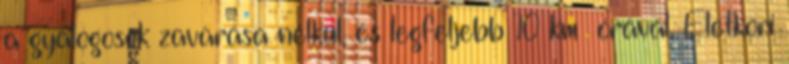
a gyalogosok zavarása nélkül, és legfeljebb 10 km órával. Életkori